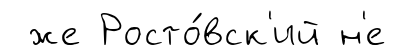
же Росто́вск'ий н'е